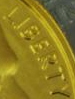
LIEERTY